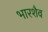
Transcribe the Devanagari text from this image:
भारशैव